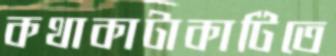
কথাকাটাকাটিতে